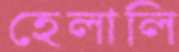
হেলালি